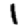
Digit: 1